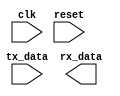
module EthernetController (
    input wire clk,
    input wire reset,
    input wire tx_data,
    output reg rx_data
);

// Timing control and synchronization logic implementation here

endmodule